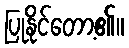
ပြုနိုင်တော့၏။